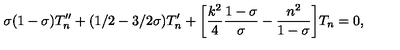
\sigma ( 1 - \sigma ) T _ { n } ^ { \prime \prime } + ( 1 / 2 - 3 / 2 \sigma ) T _ { n } ^ { \prime } + \biggl [ \frac { k ^ { 2 } } { 4 } \frac { 1 - \sigma } { \sigma } - \frac { n ^ { 2 } } { 1 - \sigma } \biggr ] T _ { n } = 0 ,